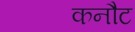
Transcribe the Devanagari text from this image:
कनौट